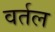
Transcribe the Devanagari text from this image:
वर्तल